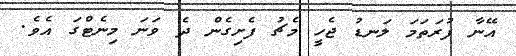
އޭނާ ފުރަތަމަ ލަނޑު ޖެހީ މެޗު ފެށިގެން ދެ ވަނަ މިނެޓްގަ އެވެ.